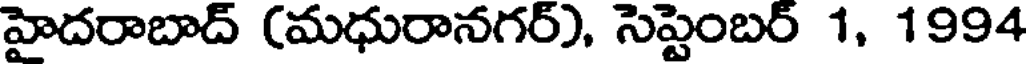
హైదరాబాద్ (మధురానగర్), సెప్టెంబర్ 1, 1994